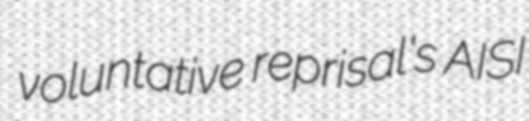
voluntative reprisal's AISI